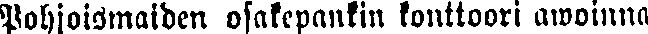
Pohjoismaiden osakepankin konttoori awoinna